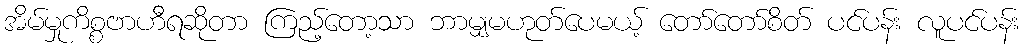
အိမ်မှုကိစ္စဗာဟီရဆိုတာ ကြည့်တော့သာ ဘာမျှမဟုတ်ပေမယ့် တော်တော်စိတ် ပင်ပန်း လူပင်ပန်း